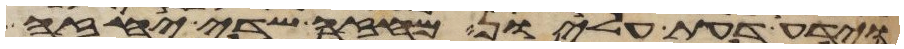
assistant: וידע דעת עליון מחזה שדה יחזה